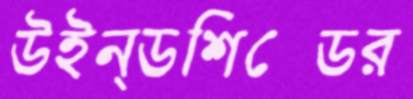
উইন্ডশিল্ডের